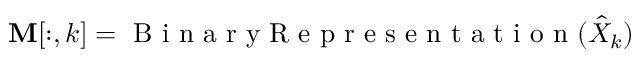
\mathbf { M } [ : , k ] = \mathrm { ~ B ~ i ~ n ~ a ~ r ~ y ~ R ~ e ~ p ~ r ~ e ~ s ~ e ~ n ~ t ~ a ~ t ~ i ~ o ~ n ~ } ( \hat { X } _ { k } )